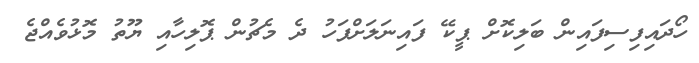
ހޯދައިފިސިފައިން ބަލިކޮށް ޕީކޭ ފައިނަލަށްފަހު ދެ މެޗުން ޕޮލިހާއި ޔޫތު މޮޅުވެއްޖެ